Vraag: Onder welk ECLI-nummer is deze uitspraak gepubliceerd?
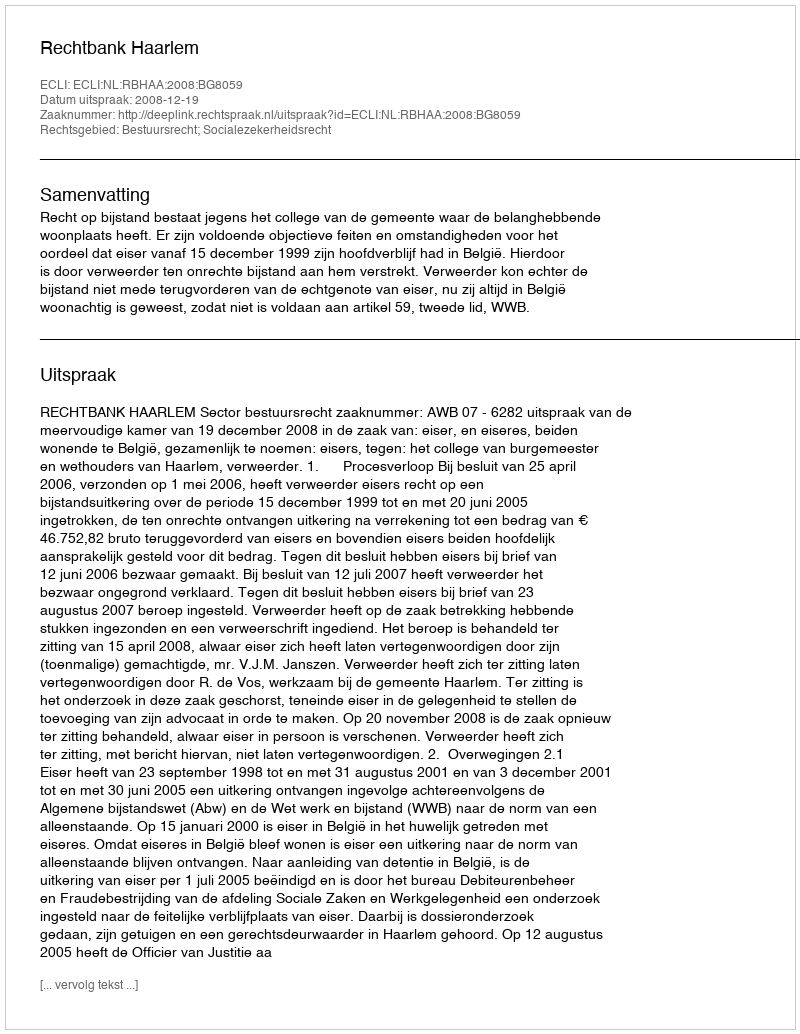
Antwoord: ECLI:NL:RBHAA:2008:BG8059